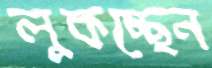
লুকচ্ছেন